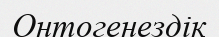
Онтогенездік